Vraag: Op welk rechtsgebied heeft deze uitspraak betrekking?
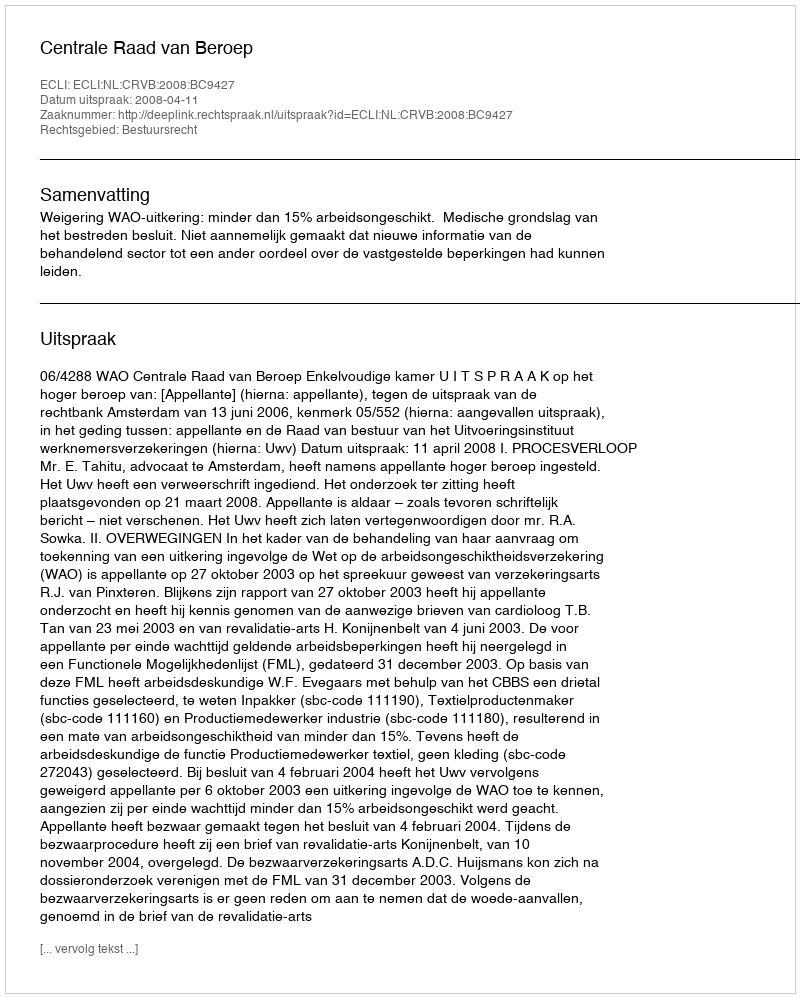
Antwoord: Bestuursrecht